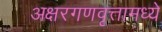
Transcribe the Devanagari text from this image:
अक्षरगणवृत्तामध्ये